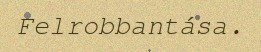
Felrobbantása.